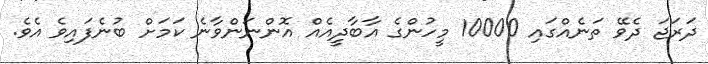
ދަރަޖަ ދެވޭ ތަނެއްގައި 10000 މީހުންގެ އާބާދީއެއް އޮންނަންވާނެ ކަމަށް ބުނެފައިވެ އެވެ.